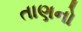
તાણનો